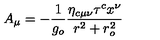
A _ { \mu } = - \frac { 1 } { g _ { o } } \frac { \eta _ { c \mu \nu } \tau ^ { c } x ^ { \nu } } { r ^ { 2 } + r _ { o } ^ { 2 } }